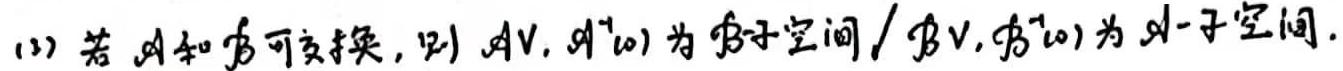
(3) 若 $\mathscr{A}$ 和 $\mathscr{B}$ 可交换，则 $\mathscr{A}V,\mathscr{A}^{-1}(0)$ 为 $\mathscr{B}$ -子空间 / $\mathscr{B}V,\mathscr{B}^{-1}(0)$ 为 $\mathscr{A}$ -子空间.